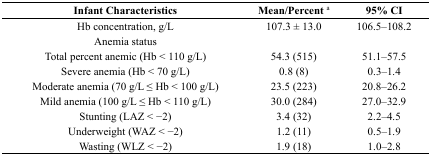
<table><thead><tr><td><b>Infant Characteristics</b></td><td><b>Mean/Percent <sup>a</sup></b></td><td><b>95% CI</b></td></tr></thead><tbody><tr><td>Hb concentration, g/L</td><td>107.3 ± 13.0</td><td>106.5–108.2</td></tr><tr><td>Anemia status</td><td></td><td></td></tr><tr><td>Total percent anemic (Hb &lt; 110 g/L)</td><td>54.3 (515)</td><td>51.1–57.5</td></tr><tr><td>Severe anemia (Hb &lt; 70 g/L)</td><td>0.8 (8)</td><td>0.3–1.4</td></tr><tr><td>Moderate anemia (70 g/L ≤ Hb &lt; 100 g/L)</td><td>23.5 (223)</td><td>20.8–26.2</td></tr><tr><td>Mild anemia (100 g/L ≤ Hb &lt; 110 g/L)</td><td>30.0 (284)</td><td>27.0–32.9</td></tr><tr><td>Stunting (LAZ &lt; −2)</td><td>3.4 (32)</td><td>2.2–4.5</td></tr><tr><td>Underweight (WAZ &lt; −2)</td><td>1.2 (11)</td><td>0.5–1.9</td></tr><tr><td>Wasting (WLZ &lt; −2)</td><td>1.9 (18)</td><td>1.0–2.8</td></tr></tbody></table>